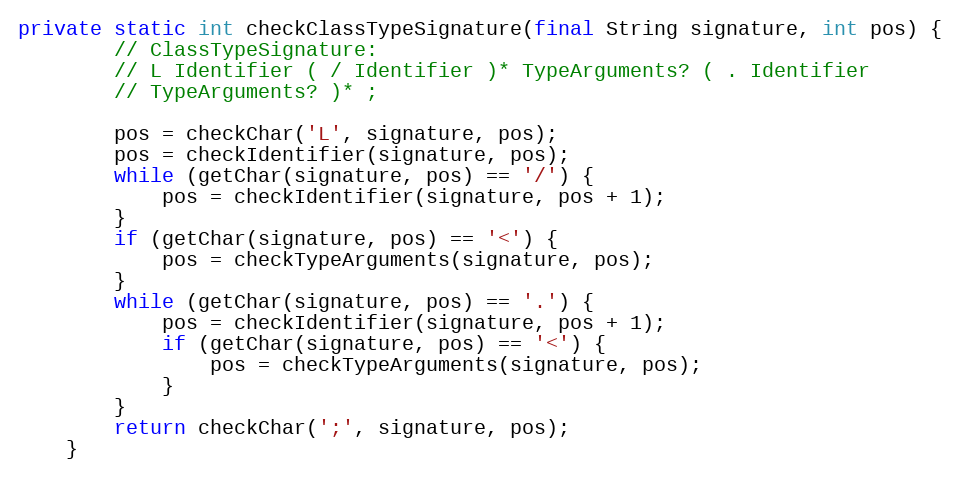
Language: Java
private static int checkClassTypeSignature(final String signature, int pos) {
        // ClassTypeSignature:
        // L Identifier ( / Identifier )* TypeArguments? ( . Identifier
        // TypeArguments? )* ;

        pos = checkChar('L', signature, pos);
        pos = checkIdentifier(signature, pos);
        while (getChar(signature, pos) == '/') {
            pos = checkIdentifier(signature, pos + 1);
        }
        if (getChar(signature, pos) == '<') {
            pos = checkTypeArguments(signature, pos);
        }
        while (getChar(signature, pos) == '.') {
            pos = checkIdentifier(signature, pos + 1);
            if (getChar(signature, pos) == '<') {
                pos = checkTypeArguments(signature, pos);
            }
        }
        return checkChar(';', signature, pos);
    }